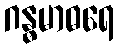
ဂန္ဓမာဓရေ